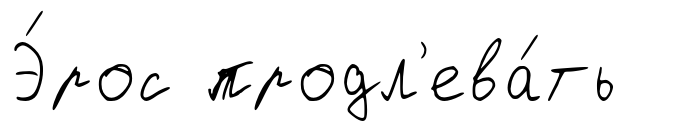
Э́рос продл'ева́ть